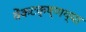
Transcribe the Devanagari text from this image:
वेंकटकृष्णय्या